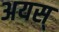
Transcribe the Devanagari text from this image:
अयस्‌